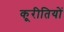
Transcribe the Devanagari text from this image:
कूरीतियों